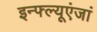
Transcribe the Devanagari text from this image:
इन्फ्ल्यूएंजां